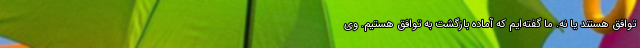
توافق هستند یا نه. ما گفته‌ایم که آماده بازگشت به توافق هستیم. وی